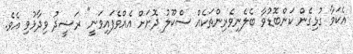
އެކަމާ ގުޅިގެން ކަންބޮޑުވާ ބެލެނިވެރިންތަކެއް ސްކޫލު ދޮށަށް އެއްވެފައިވަނީ" ރަޝީދު ވިދާޅުވި އެވެ.